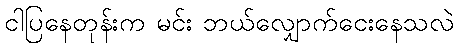
ငါပြနေတုန်းက မင်း ဘယ်လျှောက်ငေးနေသလဲ